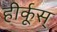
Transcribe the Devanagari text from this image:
हीर्कूस्